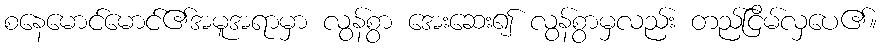
စနေမောင်မောင်၏အမူအရာမှာ လွန်စွာ အေးဆေး၍ လွန်စွာမှလည်း တည်ငြိမ်လှပေ၏။